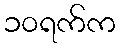
၁၀ရက်က